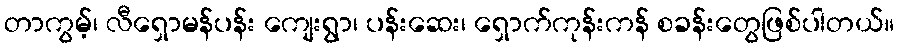
တာကွမ့်၊ လီရှောမန်ပန်း ကျေးရွာ၊ ပန်းဆေး၊ ရှောက်ကုန်းကန် စခန်းတွေဖြစ်ပါတယ်။